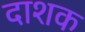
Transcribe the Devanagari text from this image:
दाशक